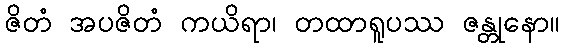
ဇိတံ အပဇိတံ ကယိရာ၊ တထာရူပဿ ဇန္တုနော။